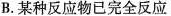
B.某种反应物已完全反应